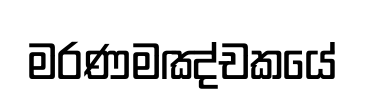
මරණමඤ්චකයේ